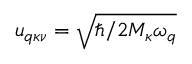
u _ { \boldsymbol { q } \kappa \nu } = \sqrt { \hbar / 2 M _ { \kappa } \omega _ { q } }